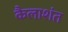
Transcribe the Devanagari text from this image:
कैलाशंत